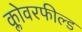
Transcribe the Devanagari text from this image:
क्लोवरफील्ड